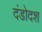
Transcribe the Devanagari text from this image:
दंडोदश